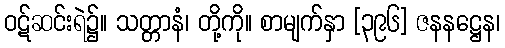
ဝဋ်ဆင်းရဲ၌။ သတ္တာနံ၊ တို့ကို။ စာမျက်နှာ [၃၉၆] ဇနနဋ္ဌေန၊